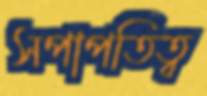
সপাপতিত্ব